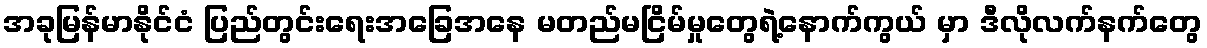
အခုမြန်မာနိုင်ငံ ပြည်တွင်းရေးအခြေအနေ မတည်မငြိမ်မှုတွေရဲ့နောက်ကွယ် မှာ ဒီလိုလက်နက်တွေ